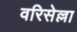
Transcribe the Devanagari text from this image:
वरिसेल्ला